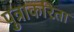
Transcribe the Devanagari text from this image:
पुत्राकरिता